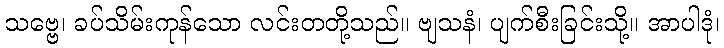
သဗ္ဗေ၊ ခပ်သိမ်းကုန်သော လင်းတတို့သည်။ ဗျသနံ၊ ပျက်စီးခြင်းသို့။ အာပါဒုံ၊